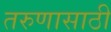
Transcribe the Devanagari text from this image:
तरुणासाठी